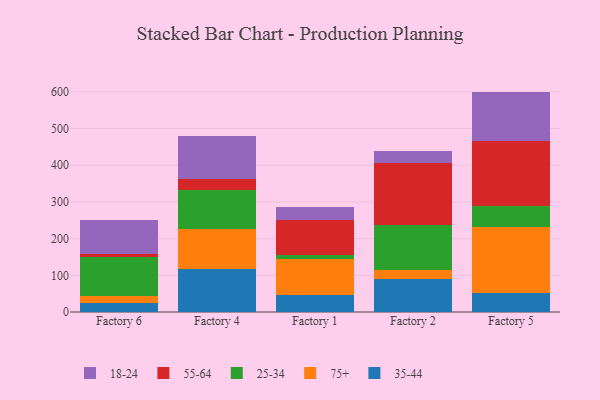
{"axis": {"x": "Factory", "y": "Temperature (°C)"}, "legend": ["18-24", "25-34", "35-44", "55-64", "75+"], "data": [{"x": "Factory 6", "y": 23.9, "type": "35-44"}, {"x": "Factory 6", "y": 18.4, "type": "75+"}, {"x": "Factory 6", "y": 108.1, "type": "25-34"}, {"x": "Factory 6", "y": 6.9, "type": "55-64"}, {"x": "Factory 6", "y": 93.8, "type": "18-24"}, {"x": "Factory 4", "y": 115.9, "type": "35-44"}, {"x": "Factory 4", "y": 110.9, "type": "75+"}, {"x": "Factory 4", "y": 105.3, "type": "25-34"}, {"x": "Factory 4", "y": 30.4, "type": "55-64"}, {"x": "Factory 4", "y": 117.9, "type": "18-24"}, {"x": "Factory 1", "y": 47.2, "type": "35-44"}, {"x": "Factory 1", "y": 96.7, "type": "75+"}, {"x": "Factory 1", "y": 11.2, "type": "25-34"}, {"x": "Factory 1", "y": 94.3, "type": "55-64"}, {"x": "Factory 1", "y": 37.9, "type": "18-24"}, {"x": "Factory 2", "y": 90.0, "type": "35-44"}, {"x": "Factory 2", "y": 24.7, "type": "75+"}, {"x": "Factory 2", "y": 121.8, "type": "25-34"}, {"x": "Factory 2", "y": 168.5, "type": "55-64"}, {"x": "Factory 2", "y": 33.5, "type": "18-24"}, {"x": "Factory 5", "y": 53.1, "type": "35-44"}, {"x": "Factory 5", "y": 177.8, "type": "75+"}, {"x": "Factory 5", "y": 56.7, "type": "25-34"}, {"x": "Factory 5", "y": 178.1, "type": "55-64"}, {"x": "Factory 5", "y": 134.9, "type": "18-24"}]}